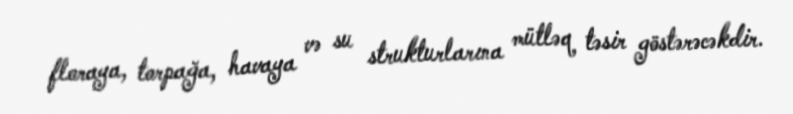
floraya, torpağa, havaya və su strukturlarına mütləq təsir göstərəcəkdir.